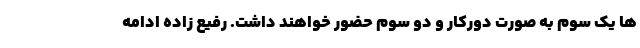
ها یک سوم به صورت دورکار و دو سوم حضور خواهند داشت. رفیع زاده ادامه